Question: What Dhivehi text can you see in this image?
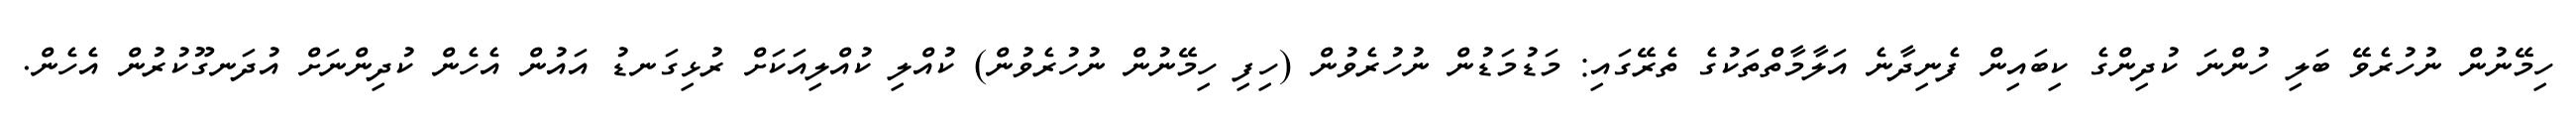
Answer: ހިމޭނުން ނުހުރެވޭ ބަލި ހުންނަ ކުދިންގެ ކިބައިން ފެނިދާނެ އަލާމާތްތަކުގެ ތެރޭގައި: މަޑުމަޑުން ނުހުރެވުން (ހިފި ހިމޭނުން ނުހުރެވުން) ކުއްލި ކުއްލިއަކަށް ރުޅިގަނޑު އައުން އެހެން ކުދިންނަށް އުދަނގޫކުރުން އެހެން.